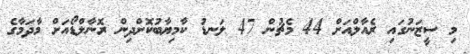
މި ސީޒަނުގައި ރެއާލްއަށް 44 މެޗުން 47 ލަނޑު ކާމިޔާބުކޮށްދިން ރޮނާލްޑޯއަށް މާދަމާގެ